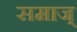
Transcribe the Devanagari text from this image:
समाज्